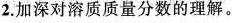
2.加深对溶质质量分数的理解。